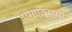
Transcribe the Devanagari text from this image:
एमएक्ससी